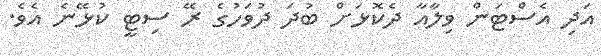
އަދި އެސްޓަން ވިލާއާ ދެކޮޅަށް ބުދަ ދުވަހުގެ ރޭ ސިޓީ ކުޅޭނެ އެވެ.